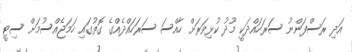
އަދި ރަސްފަންނު ސަރަހައްދަކީ މޫދު ކުޅިވަރަށް ހާއްސަ ސަރަހައްދެއްގެ ގޮތުގައި ހަމަޖެއްސުމަށް ސިޓީ